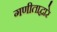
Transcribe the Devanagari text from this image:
गणीताद्वारे